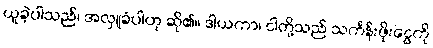
ယူခဲ့ပါသည်၊ အလှူခံပါဟု ဆို၏။ ဒါယကာ၊ ငါတို့သည် သင်္ကန်းဖိုးငွေကို